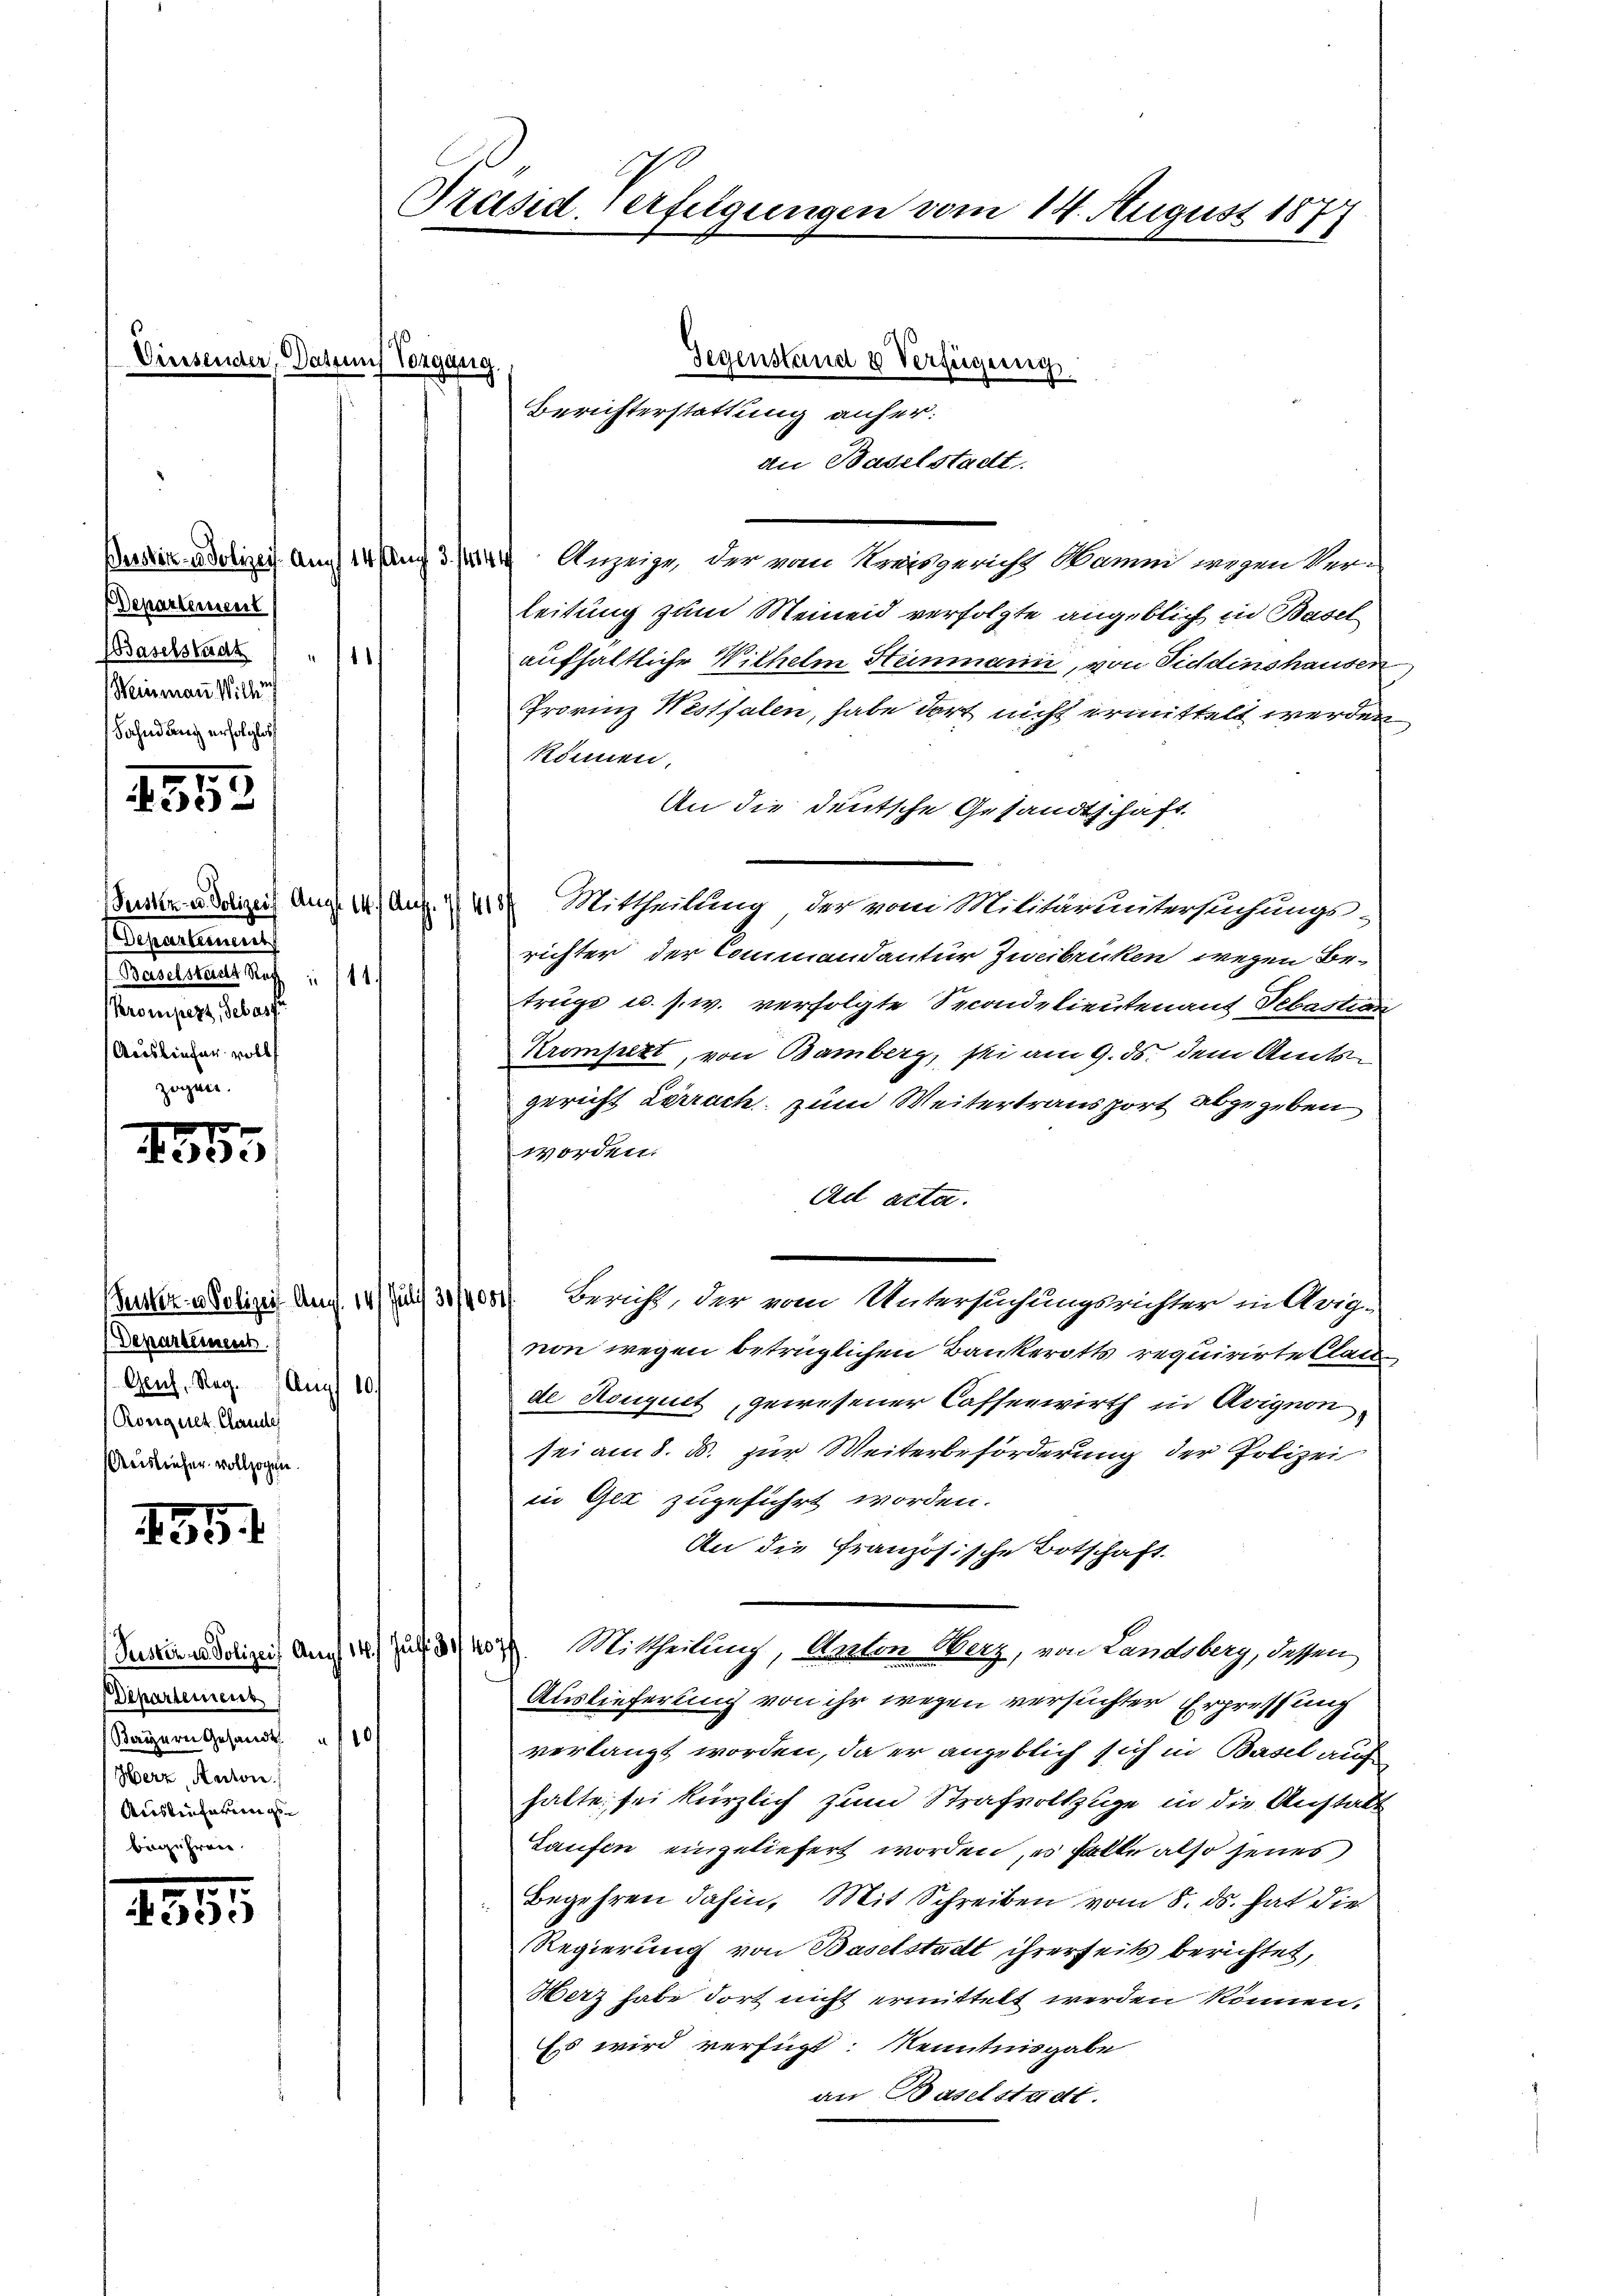
Einsender, Dastun

Bersitz- u. Polizeis. An
Departement
Baselstadt
Weinmann Will

1551

1355

s Departement
Gruh, Reg. Aug 10.
(Rongnet. Claude
Reisliefer vollzogen.

5

1855

Gegenstand & Verfügung
Vergang.
an Baselstadt.
 Anzeige, der vom Kreisgericht Wamm wegen Ver-
leitung zum Meinend verfolgte angeblich in Basel
i
aufhaltliche Wilhelm Heinmann, von Viddinshausen
Trovinz Westfalen, habe dort nicht ermittelt werden
können.
An die deutsche Gesandtschaft.
Senu dolizeit Aug. 147 Aug. 1418) Mittheilung, der vom Militäruntersuchungs-
richter der Commandantur Zweibrücken wegen Be-
trugs u. s. w. verfolgte Secondelieutenant Sebastian
Krompett, von Bamberg, sei am 9. ds. dem Amtsgericht Lörrach, zum Weitertransport abgegeben
worden.
Ad acta.
Butter- u Polizei Auf 14 Juli 31/00 Bericht, der vom Vatersuchungsrichter in Arig-
non wegen betrüglichen Bankerotts requirirte Claude Rouquet, gewesener Cassenwirth in Avignon
sei am 8. d. zur Weiterbeförderung der Polizei
in Gez zugeführt worden.
An die Französische Botschaft.
Saidolizei Auch er zu 3. Mittheilung, Arzten Werz, von Landsberg, dessen
Auslieferung von ihr wegen versuchter Erpressung
verlangt worden, da er angeblich sich in Basel auch
halte, sei kürzlich zum Strafvollzüge in die Anstalt
Laufen eingeliefert worden, es falle also jenes
Begehren dahin. Mit Schreiben vom 8. ds. hat dies
Regierung von Baselstadt ihrerseits berichtet,
Herz habe dort nicht ermittelt werden können.
Es wird verfügt: Kenntnisgabe
an Baselstadt.

Präsid. Verfügungen vom 14. August 1877

Separtement
Rauheraus haft u. 111.
Krompezt, Sebast
Ausliefen wollt

Departement
Kayern Gesandt. 10
Herr, Kanton
Auslieferungs¬

Berichterstattung anher: